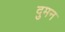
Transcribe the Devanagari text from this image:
दुमन